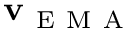
\mathbf { v } _ { \mathrm { ~ E ~ M ~ A ~ } }